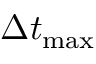
\Delta t _ { \mathrm { m a x } }